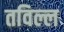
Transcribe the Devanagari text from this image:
तविल्ल